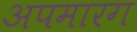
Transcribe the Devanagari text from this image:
अपमारग